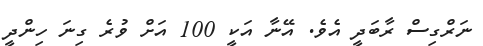
ނަރްގިސް ރާބަދީ އެވެ. އޭނާ އަކީ 100 އަށް ވުރެ ގިނަ ހިންދީ